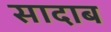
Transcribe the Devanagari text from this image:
सादाब